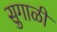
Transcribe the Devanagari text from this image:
सुगाळी